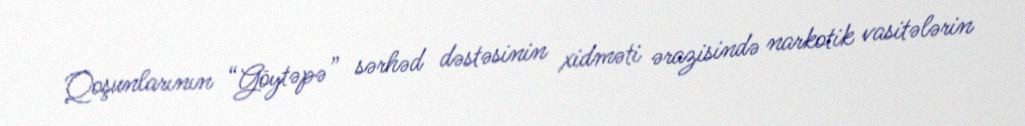
Qoşunlarının “Göytəpə” sərhəd dəstəsinin xidməti ərazisində narkotik vasitələrin